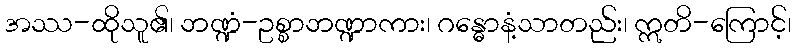
အဿ-ထိုသူ၏၊ ဘဏ္ဍံ-ဥစ္စာဘဏ္ဍာကား၊ ဂန္ဓောနံ့သာတည်း၊ ဣတိ-ကြောင့်၊